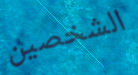
الشخصين